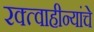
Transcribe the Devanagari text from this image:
रक्त्वाहीन्यांचे